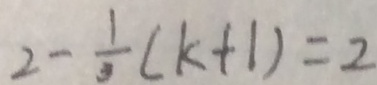
2 - \frac { 1 } { 3 } ( k + 1 ) = 2